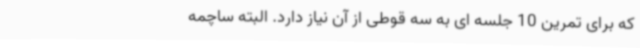
که برای تمرین 10 جلسه ای به سه قوطی از آن نیاز دارد. البته ساچمه